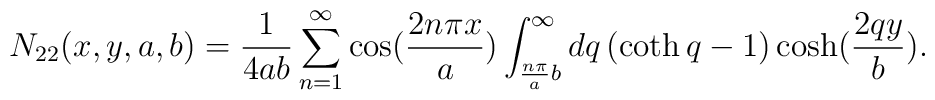
N_{22}(x,y,a,b)=\frac{1}{4ab}\sum_{n=1}^{\infty }\cos (\frac{2n\pi x}{a})\int_{\frac{n\pi }{a}b}^{\infty }dq\left( \coth q-1\right) \cosh (\frac{2qy}{b}).